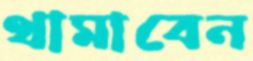
থামাবেন